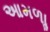
આમળાૢ